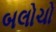
બલોચો